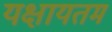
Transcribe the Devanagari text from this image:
यक्षायतम